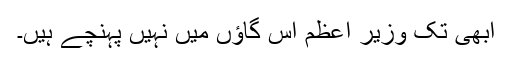
ابھی تک وزیر اعظم اس گاؤں میں نہیں پہنچے ہیں۔